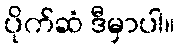
ပိုက်ဆံ ဒီမှာပါ။